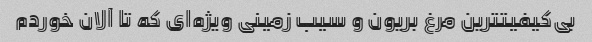
بی‌کیفیتترین مرغ بریون و سیب زمینی ویژه‌ای که تا آلان خوردم